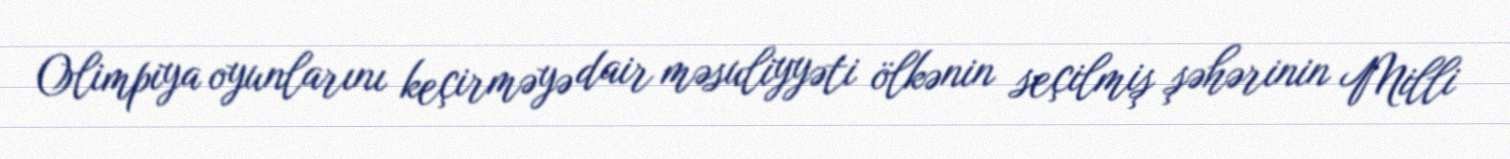
Olimpiya oyunlarını keçirməyə dair məsuliyyəti ölkənin seçilmiş şəhərinin Milli